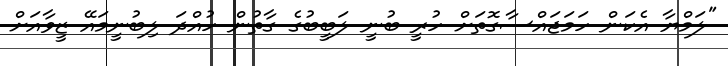
"ލަމްޔާ އެކަން ހަމަޖައްސާގޮތަށް ހުރީ ބުނީ ލަބީބުގެ ގާތުން ހުއްދަ ލިބުނީމައޭ ޒީވާއަށް